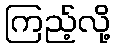
ကြည့်လို့